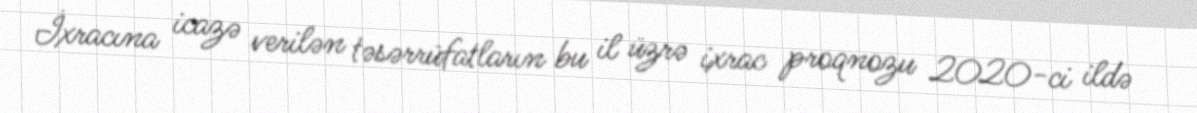
İxracına icazə verilən təsərrüfatların bu il üzrə ixrac proqnozu 2020-ci ildə